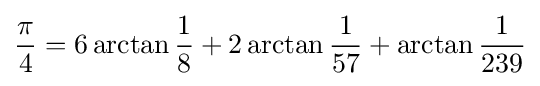
{\frac {\pi }{4}}=6\arctan {\frac {1}{8}}+2\arctan {\frac {1}{57}}+\arctan {\frac {1}{239}}